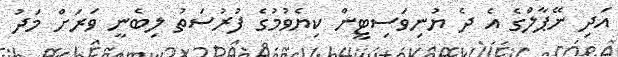
އަދި ނޭޕާލްގެ އެ ދެ ޔުނިވަސިޓީން ކިޔެވުމުގެ ފުރުސަތު ލިބެނީ ވަރަށް މަދު